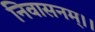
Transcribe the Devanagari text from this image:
निवासनम्।।